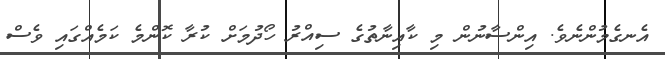
އެނގެމުންނެވެ. އިންސާނުން މި ކާއިނާތުގެ ސިއްރު ހޯދުމަށް ކުރާ ކޮންމެ ކަމެއްގައި ވެސް